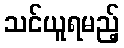
သင်ယူရမည့်